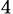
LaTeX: _\mathrm{4}